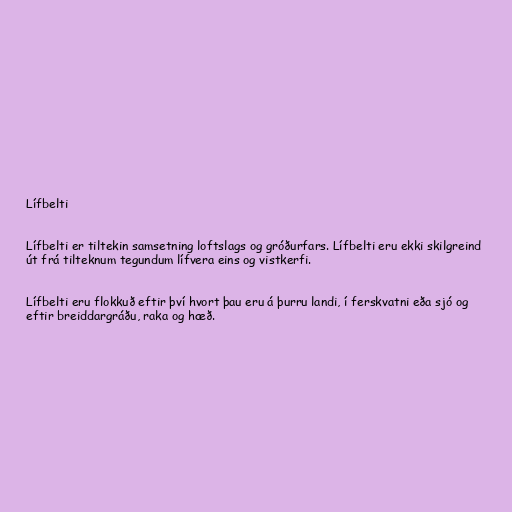
Lífbelti

Lífbelti er tiltekin samsetning loftslags og gróðurfars. Lífbelti eru ekki skilgreind
út frá tilteknum tegundum lífvera eins og vistkerfi.

Lífbelti eru flokkuð eftir því hvort þau eru á þurru landi, í ferskvatni eða sjó og
eftir breiddargráðu, raka og hæð.